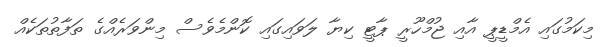
މިކަމުގައި އެމްޑީޕީ އާއި ޖުމްހޫރީ ޕާޓީ ކިޔާ ލަވައިގައި ކޮންމެވެސް މިންވަރެއްގެ ތަފާތުތަކެއް